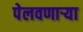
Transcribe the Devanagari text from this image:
पेलवणार्‍या